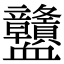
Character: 𧗜